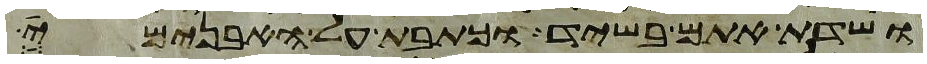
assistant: ושדת אתם בשיד וכתבת על האבנים